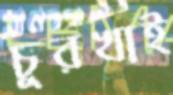
চুরখাই